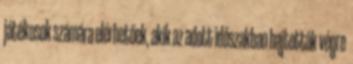
játékosok számára elérhetőek, akik az adott időszakban hajtották végre